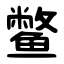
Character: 鳖